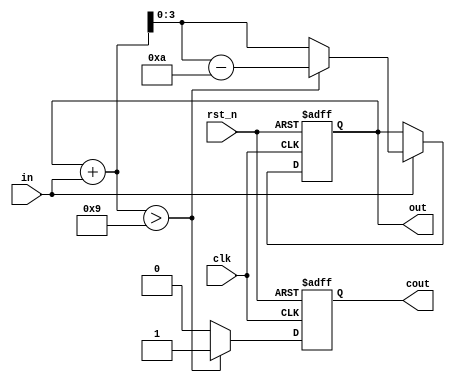
`timescale 1ns / 1ps
//////////////////////////////////////////////////////////////////////////////////
// Company: 
// Engineer: 
// 
// Design Name: 
// Module Name: Top
// Project Name: 
// Target Devices: 
// Tool Versions: 
// Description: 
// 
// Dependencies: 
// 
// Revision:
// Revision 0.01 - File Created
// Additional Comments:
// 
//////////////////////////////////////////////////////////////////////////////////
`timescale 1ns/1ns

module DecDigit
(
    clk,
    rst_n,
    in,
    out,
    cout,
);
    input  wire            clk;
    input  wire            rst_n;
    input  wire            in;
    output reg[3:0]        out;
    output reg             cout;

    always @(posedge clk or negedge rst_n) begin
        if(!rst_n) begin
            out <= 3'b0;
        end
        else if(in)begin
            out <= (out + in > 9) ? (out + in - 10) : (out + in);
        end
    end
    
    always @(posedge clk or negedge rst_n) begin
        if(!rst_n) begin
            cout <= 1'b0;
        end
        else begin
            cout <= (out + in > 9) ? 1 : 0;
        end
    end

endmodule

//module jdoodle;
    
//    wire rst;
//    reg[2:0] d0;
//    reg[2:0] d1;
//    reg[2:0] d2;
//    reg[2:0] d3;
    
//    wire[2:0] w0;
//    wire[2:0] w1;    
//    wire[2:0] w2;
//    wire[2:0] w3;
    
//    wire cw0;
//    wire cw1;
//    wire cw2;
//    wire cw3;
    
//    assign w0 = d0;
//    assign w1 = d1;
//    assign w2 = d2;
//    assign w3 = d3;
    
//    wire clk;
    
//    initial begin
//        assign clk = 1'b0;
//    end
    
//    always(*) begin
//        clk = ~clk;
//        #10
//    end
    
//    DecDigit inst0(.clk(clk), .rst(~rst), .in(w0), .out(w1), cin(1'b1), cout(cw0));
//    DecDigit inst1(.clk(clk), .rst(~rst), .in(w1), .out(w2), cin(cw0), cout(cw1));
//    DecDigit inst2(.clk(clk), .rst(~rst), .in(w2), .out(w3), cin(cw1), cout(cw2));
//    DecDigit inst3(.clk(clk), .rst(~rst), .in(w3), .out(w4), cin(cw2), cout(cw3));
    
//endmodule